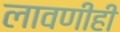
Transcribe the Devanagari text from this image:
लावणीही